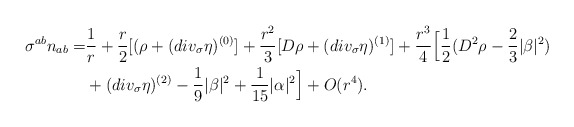
\begin{align*}\sigma^{ab} n_{ab} =& \frac{1}{r} + \frac{r}{2}[(\rho + (div_{\sigma} \eta)^{(0)}] + \frac{r^2}{3}[ D \rho+ (div_{\sigma} \eta)^{(1)}]+ \frac{r^3}{4} \Big [ \frac{1}{2} (D^2 \rho -\frac{2}{3} |\beta|^2) \\&+ (div_{\sigma} \eta)^{(2)}-\frac{1}{9}|\beta|^2+ \frac{1}{15} |\alpha|^2 \Big ] + O(r^4).\end{align*}